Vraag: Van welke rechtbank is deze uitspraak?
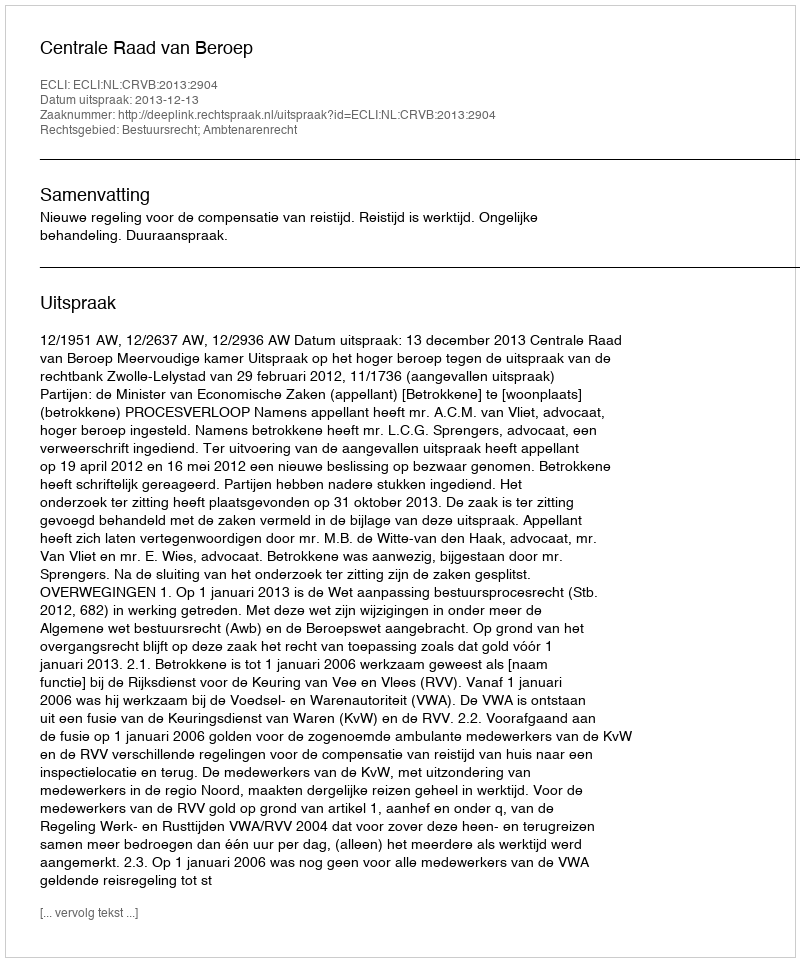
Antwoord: Centrale Raad van Beroep